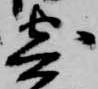
寄